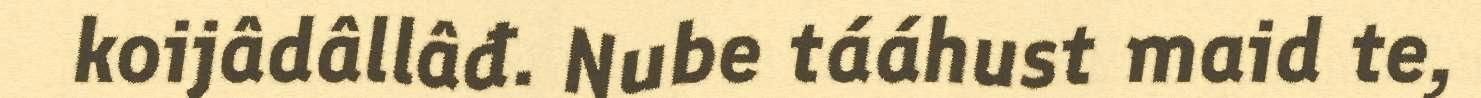
koijâdâllâđ. Nube tááhust maid te,